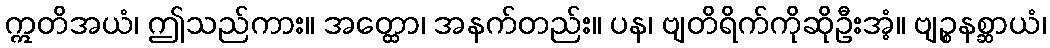
ဣတိအယံ၊ ဤသည်ကား။ အတ္ထော၊ အနက်တည်း။ ပန၊ ဗျတိရိက်ကိုဆိုဦးအံ့။ ဗျဉ္စနစ္ဆာယံ၊